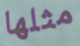
مثلها